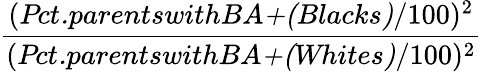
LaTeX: \frac{(\textit{Pct.parentswithBA+(Blacks)}/100)^{2}}{(\textit{Pct.parentswithBA+(Whites)}/100)^{2}}